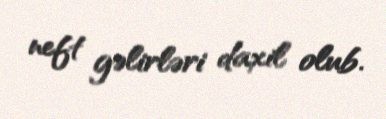
neft gəlirləri daxil olub.